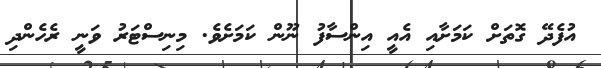
އުފެދޭ ގޮތަށް ކަމަށާއި އެއީ އިންސާފު ނޫން ކަމަށެވެ. މިނިސްޓަރު ވަނީ ރެހެންދި